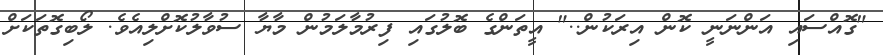
"ގޮއްސައި އަންނަނީ ކޮން އިރަކުން.." އީތަންގެ ބޮލުގައި ފިރުމާލަމުން މާޔާ ސުވާލުކޮށްލިއެވެ. ލޯބިގޮތަކަށް